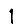
Digit: 1